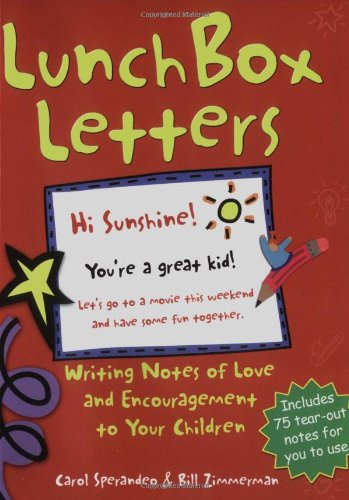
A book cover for Lunch Box Letters: Writing Notes of Love and Encouragement to Your Children; Carol Sperandeo; Parenting & Relationships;